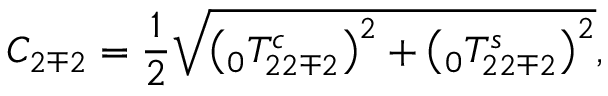
C _ { 2 \mp 2 } = \frac { 1 } { 2 } \sqrt { \left( \phantom { } _ { 0 } T _ { 2 2 \mp 2 } ^ { c } \right) ^ { 2 } + \left( \phantom { } _ { 0 } T _ { 2 2 \mp 2 } ^ { s } \right) ^ { 2 } } ,